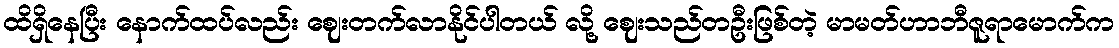
ထိရှိနေပြီး နောက်ထပ်လည်း ဈေးတက်လာနိုင်ပါတယ် လို့ ဈေးသည်တဦးဖြစ်တဲ့ မာမတ်ဟာဘီဇူရာမောက်က